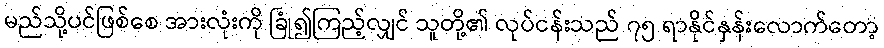
မည်သို့ပင်ဖြစ်စေ အားလုံးကို ခြုံ၍ကြည့်လျှင် သူတို့၏ လုပ်ငန်းသည် ၇၅ ရာနိုင်နှန်းလောက်တော့